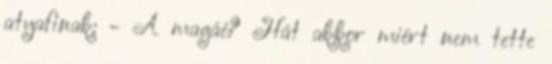
atyafinak: - A magáé? Hát akkor miért nem tette